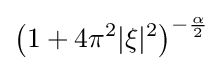
\left(1+4\pi ^{2}|\xi |^{2}\right)^{-{\frac {\alpha }{2}}}